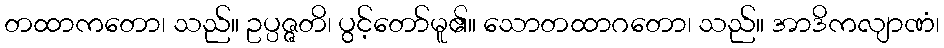
တထာကတော၊ သည်။ ဥပ္ပဇ္ဇတိ၊ ပွင့်တော်မူ၏။ သောတထာဂတော၊ သည်။ အာဒိကလျာဏံ၊